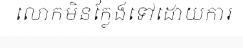
លោកមិនក្លែងទៅដោយការ